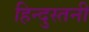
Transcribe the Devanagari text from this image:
हिन्दुस्तनी